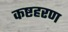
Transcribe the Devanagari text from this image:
कष्टहरण